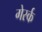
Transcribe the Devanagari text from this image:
गेर्स्क